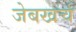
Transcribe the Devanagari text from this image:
जेबखर्च